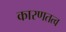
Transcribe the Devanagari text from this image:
कारणतत्व